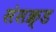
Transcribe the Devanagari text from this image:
संसक्र्ड